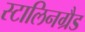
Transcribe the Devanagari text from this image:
स्टालिनग्रैड